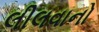
લીલવાનો